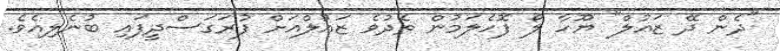
"ދެން ދޭ ޒައުލް" ޔޫހާ ލޯ ފޮހެލަމުން ތެދުވެ ޒައުލްއަށް ފުރަގަސްދީފައި ބުނެލިއެވެ.